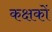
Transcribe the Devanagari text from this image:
कक्षकों